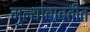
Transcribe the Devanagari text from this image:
मुल्याबाबतीत